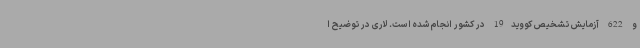
و 622 آزمایش تشخیص کووید19 در کشور انجام شده است. لاری در توضیح ا